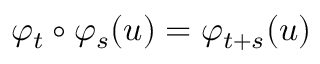
\varphi _ { t } \circ \varphi _ { s } ( u ) = \varphi _ { t + s } ( u )